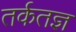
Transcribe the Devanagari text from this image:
तर्कतज्ञ